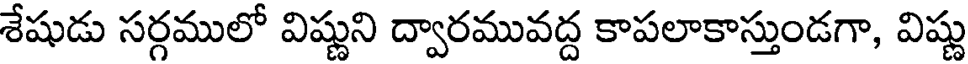
శేషుడు సర్గములో విష్ణుని ద్వారమువద్ద కాపలాకాస్తుండగా, విష్ణు